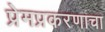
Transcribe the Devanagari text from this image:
प्रेमप्रकरणाचा